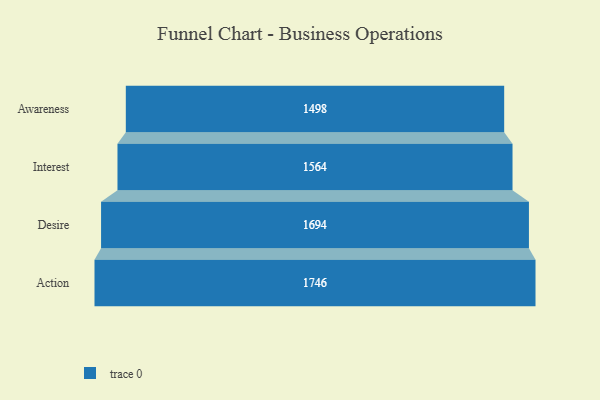
{"axis": {"x": "Stage", "y": "Value"}, "legend": [""], "data": [{"x": "Awareness", "y": 1498.0, "type": ""}, {"x": "Interest", "y": 1564.0, "type": ""}, {"x": "Desire", "y": 1694.0, "type": ""}, {"x": "Action", "y": 1746.0, "type": ""}]}